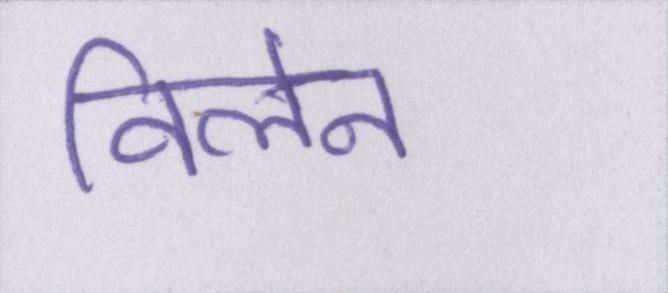
विलेन